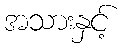
အသားနှင့်